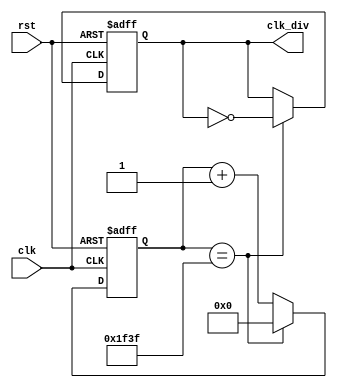
module clock_divider(
    input clk,
    input rst,
    output reg clk_div
    );
   localparam constantNumber = 8_000;
   reg [63:0] count;
   always @ (posedge(clk) or posedge(rst))
   begin
       if (rst == 1'b1)
           count <= 32'd0;
       else if (count == (constantNumber - 32'd1))
           count <= 32'd0;
       else
           count <= count + 32'b1;
   end
   always @ (posedge(clk) or posedge(rst))
   begin
       if (rst == 1'b1)
           clk_div <= 1'b0;
       else if (count == (constantNumber - 1))
           clk_div <= ~clk_div;
       else
           clk_div <= clk_div;
   end 
endmodule